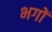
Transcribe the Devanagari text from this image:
भगों